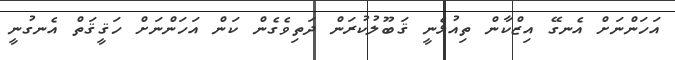
އަހަންނަށް އެނގޭ އިޒްކާން ތިއުޅެނީ ޤަބޫލުކުރަން ދަތިވެގެން ކަން އަހަންނަށް ހަޤީޤަތް އެނގުނީ